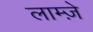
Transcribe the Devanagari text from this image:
लाम्ज़े